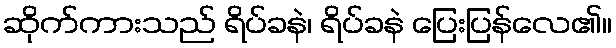
ဆိုက်ကားသည် ရိပ်ခနဲ၊ ရိပ်ခနဲ ပြေးပြန်လေ၏။